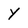
Character: y